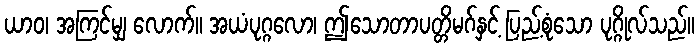
ယာဝ၊ အကြင်မျှ လောက်။ အယံပုဂ္ဂလော၊ ဤသောတာပတ္တိမဂ်နှင့် ပြည့်စုံသော ပုဂ္ဂိုလ်သည်။